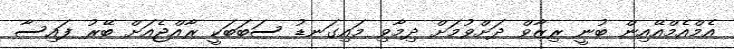
އެމްއެމްއޭއިން ބުނީ ރިޒާވް ދަށްވުމަށް ދިމާވި މައިގަނޑު ސަބަބަކީ ރާއްޖެއަށް ބޭރު ފައިސާ